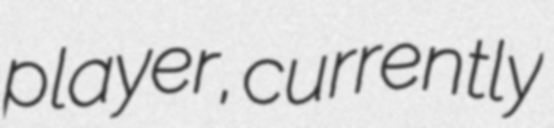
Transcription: player, currently